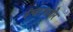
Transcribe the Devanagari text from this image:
ईश्वरासमोर